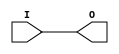
module IBUFG_SSTL3_II_DCI (O, I);

    output O;

    input  I;

	buf B1 (O, I);


endmodule